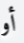
أو